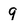
Character: 9